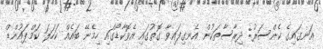
އަނގައިގެ ކެންސަރު: ދިރާސާތަކުން އެނގިފައިވާ ގޮތުގައި އެވޮކާޑޯގައި ހިމެނޭ ބައެއް ކަހަލަ ކަމްޕައުންޑް